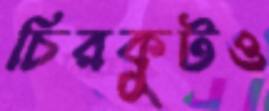
চিরকুটও